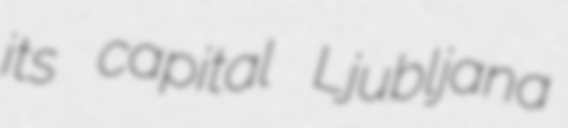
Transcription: its capital Ljubljana